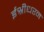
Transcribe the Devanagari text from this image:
ईश्रीधरन